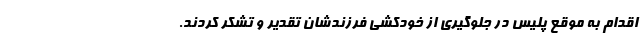
اقدام به موقع پلیس در جلوگیری از خودکشی فرزندشان تقدیر و تشکر کردند.